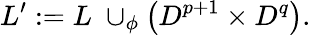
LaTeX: L^{\prime}:=L\; \cup_{\phi}\left(D^{p+1}\times D^{q}\right).